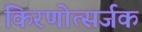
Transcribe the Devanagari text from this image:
किरणोत्सर्जक